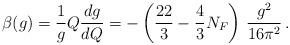
LaTeX: \begin{align*}\beta(g) = \frac{1}{g} Q \frac{dg}{dQ} = -\left( \frac{22}{3} - \frac{4}{3} N_F \right)\, \frac{g^2}{16\pi^2}\, . \end{align*}